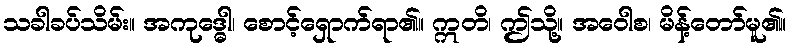
သခါခပ်သိမ်း။ အကုဒ္ဓေါ၊ စောင့်ရှောက်ရာ၏။ ဣတိ၊ ဤသို့။ အဝေါစ၊ မိန့်တော်မူ၏။